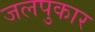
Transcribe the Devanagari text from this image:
जलपुकार